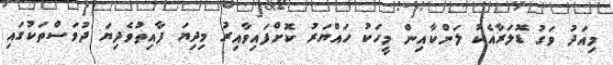
މިއަދު ވަގު ޑޮލަރާއެކު ލަންކާއިން މީހަކު ހައްޔަރު ކޮށްފައިވާއިރު މިދިޔަ ފާއިތުވެދިޔަ ދުވަސްތަކުގައި